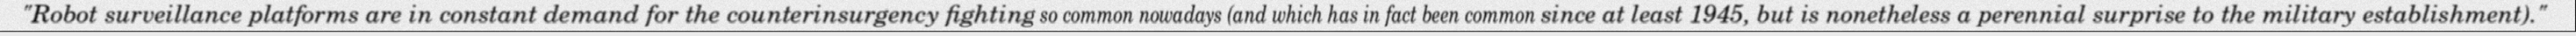
"Robot surveillance platforms are in constant demand for the counterinsurgency fighting so common nowadays (and which has in fact been common since at least 1945, but is nonetheless a perennial surprise to the military establishment)."